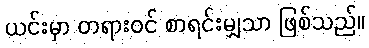
ယင်းမှာ တရားဝင် စာရင်းမျှသာ ဖြစ်သည်။